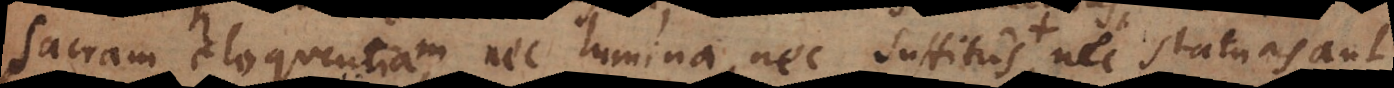
sacram eloquentiam, nec lumina, nec suffitus, nec pretiosa